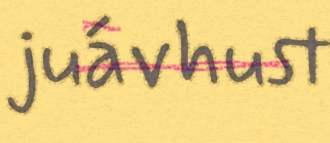
juávhust